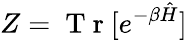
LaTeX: Z=\mathrm{~T~r~}[e^{-\beta\hat{H}}]